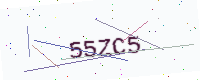
Text: 55ZC5